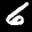
Label: 6